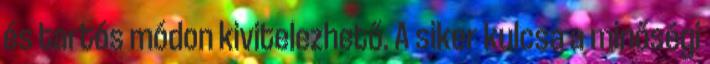
és tartós módon kivitelezhető. A siker kulcsa a minőségi